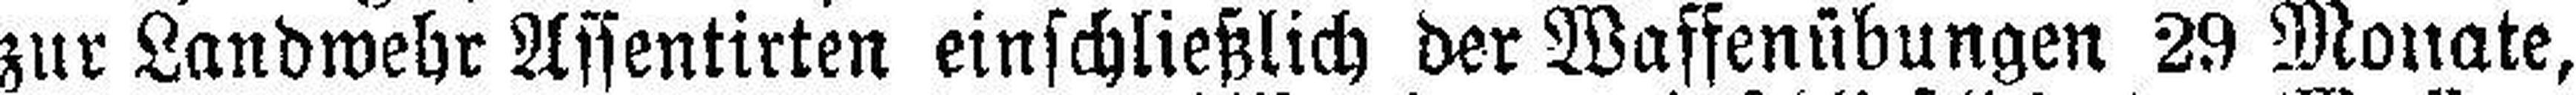
zur Landwehr Assentirten einschließlich der Waffenübungen 29 Monate,